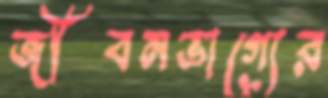
জীবনভাগ্যের